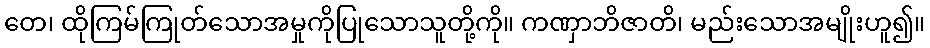
တေ၊ ထိုကြမ်ကြုတ်သောအမှုကိုပြုသောသူတို့ကို။ ကဏှာဘိဇာတိ၊ မည်းသောအမျိုးဟူ၍။